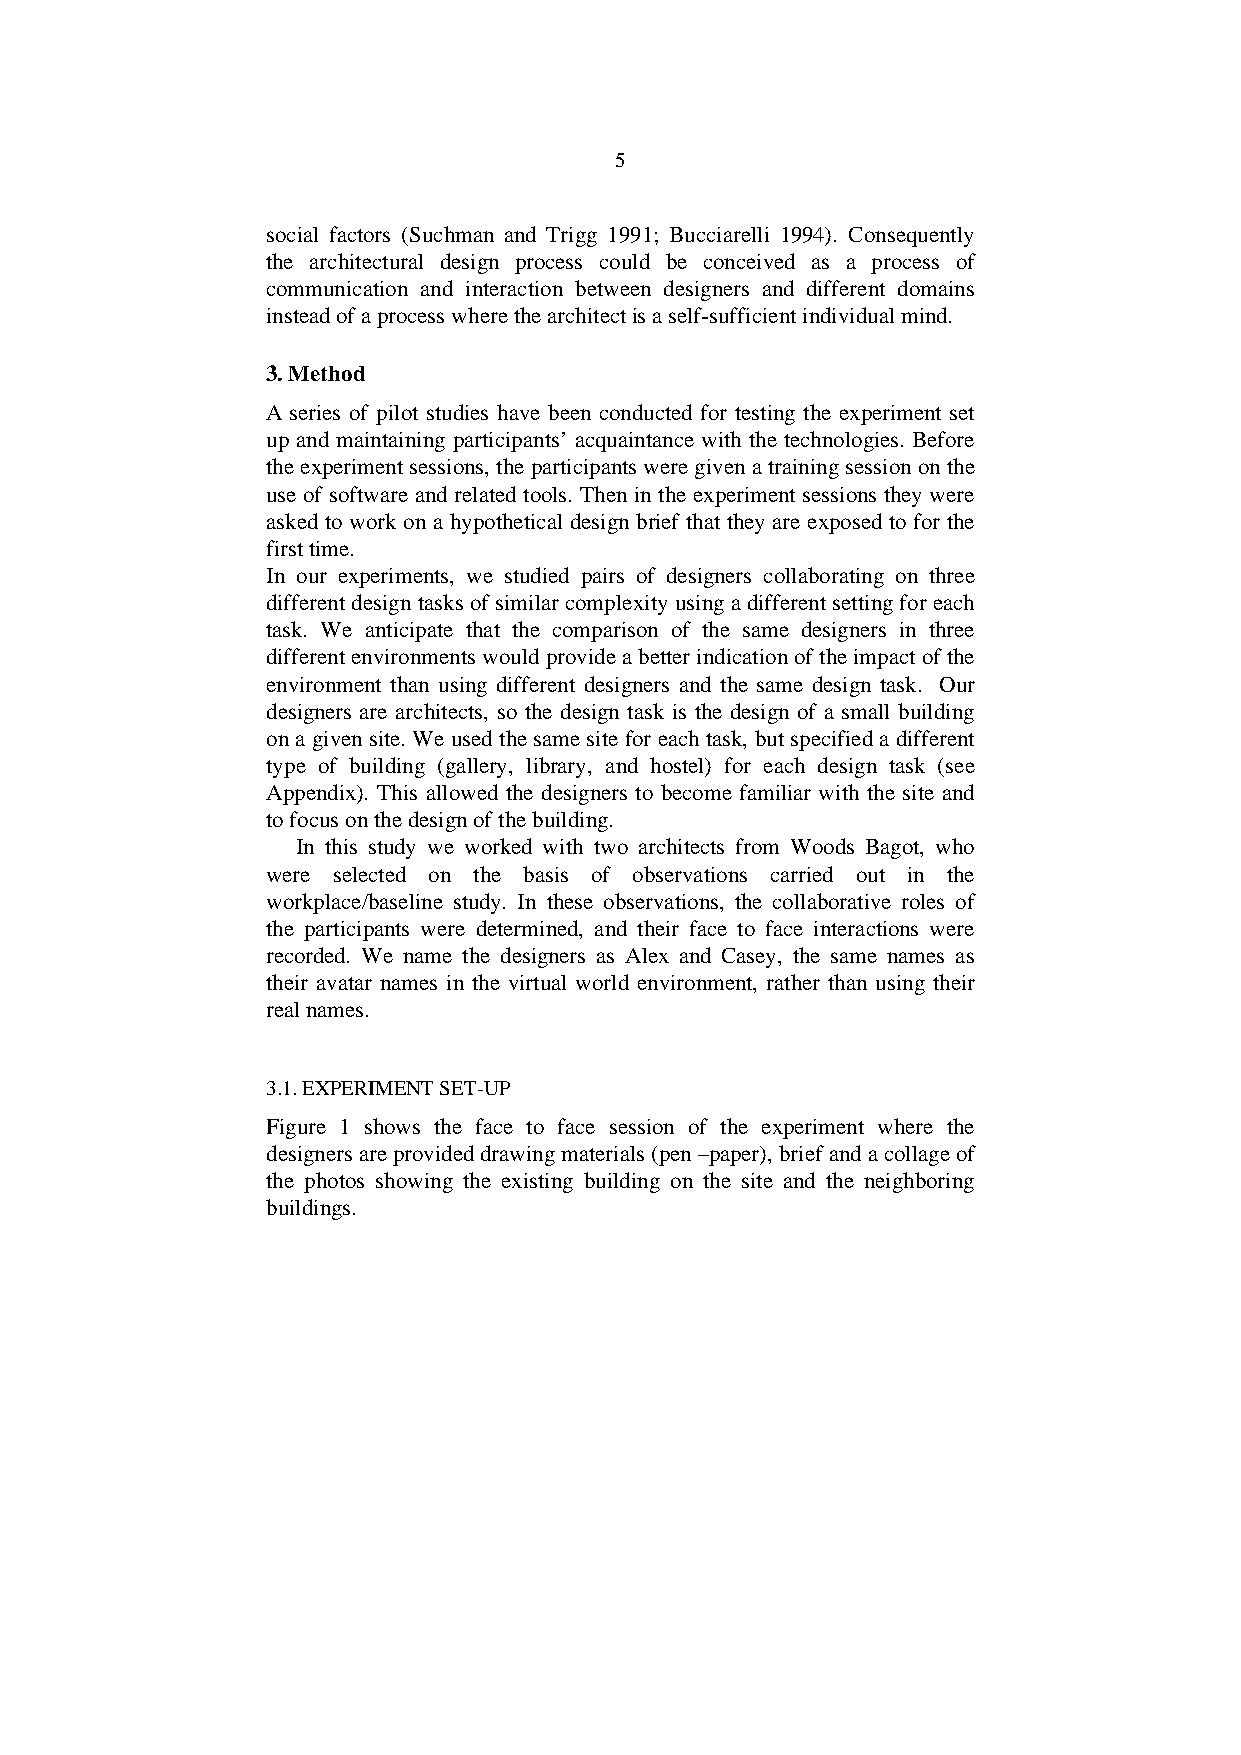
5
 social factors (Suchman and Trigg 1991; Bucciarelli 1994). Consequently
 the architectural design process could be conceived as a process of
 communication and interaction between designers and different domains
 instead of a process where the architect is a self-sufficient individual mind.
 3. Method
 A series of pilot studies have been conducted for testing the experiment set
 up and maintaining participants’ acquaintance with the technologies. Before
 the experiment sessions, the participants were given a training session on the
 use of software and related tools. Then in the experiment sessions they were
 asked to work on a hypothetical design brief that they are exposed to for the
 first time.
 In our experiments, we studied pairs of designers collaborating on three
 different design tasks of similar complexity using a different setting for each
 task. We anticipate that the comparison of the same designers in three
 different environments would provide a better indication of the impact of the
 environment than using different designers and the same design task. Our
 designers are architects, so the design task is the design of a small building
 on a given site. We used the same site for each task, but specified a different
 type of building (gallery, library, and hostel) for each design task (see
 Appendix). This allowed the designers to become familiar with the site and
 to focus on the design of the building.
 In this study we worked with two architects from Woods Bagot, who
 were selected on the basis of observations carried out in the
 workplace/baseline study. In these observations, the collaborative roles of
 the participants were determined, and their face to face interactions were
 recorded. We name the designers as Alex and Casey, the same names as
 their avatar names in the virtual world environment, rather than using their
 real names.
 3.1. EXPERIMENT SET-UP
 Figure 1 shows the face to face session of the experiment where the
 designers are provided drawing materials (pen –paper), brief and a collage of
 the photos showing the existing building on the site and the neighboring
 buildings.